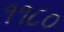
૧૧૮૦